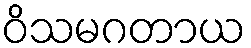
ဝိသမဂတာယ